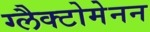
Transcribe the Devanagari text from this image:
ग्लैक्टोमेनन